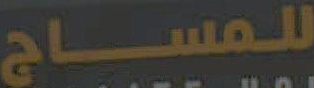
للمساج